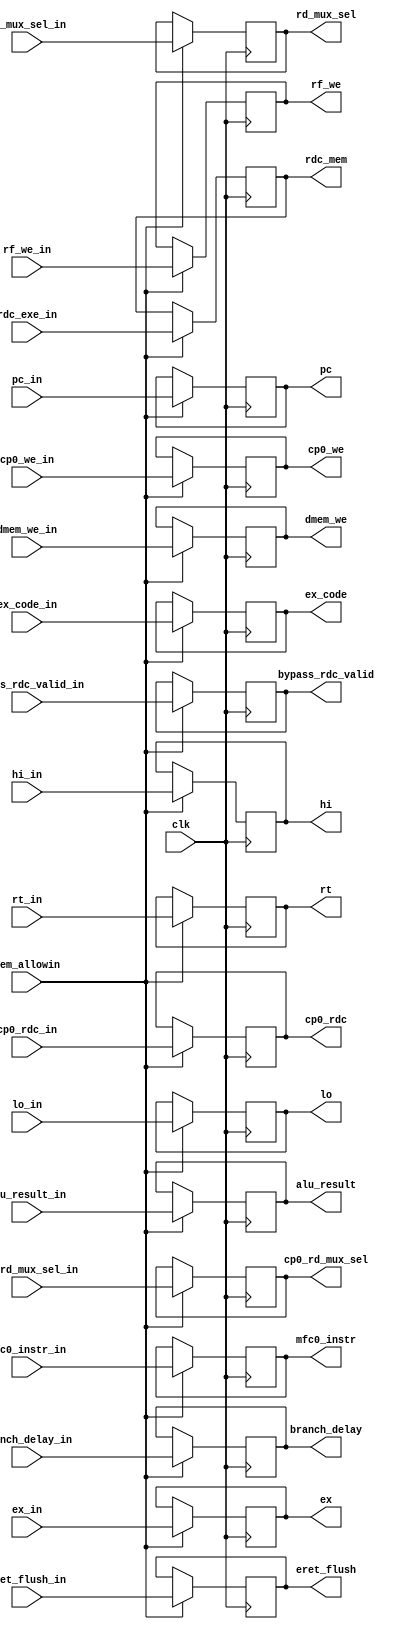
`timescale 1ns / 1ps
//////////////////////////////////////////////////////////////////////////////////
// 
// Design Name: 
// Module Name: MEM_PIPE_REG
// 
//////////////////////////////////////////////////////////////////////////////////


module mem_pipe_reg
(
    input wire clk,
    input wire mem_allowin,
    input wire bypass_rdc_valid_in,
    
    input wire dmem_we_in,
    input wire rf_we_in,
    
    input wire [31:0] pc_in,
    input wire [31:0] rt_in,
    input wire [31:0] alu_result_in,
    input wire [ 4:0] rdc_exe_in,
    
    input wire [ 1:0] rd_mux_sel_in, 
    
    input wire [31:0] lo_in,
    input wire [31:0] hi_in,
    
    input wire mfc0_instr_in,
    // exception trans
    input wire ex_in,
    input wire [ 4:0] ex_code_in,
    input wire [ 0:0] cp0_rd_mux_sel_in,
    input wire cp0_we_in,
    input wire [ 4:0] cp0_rdc_in,
    input wire eret_flush_in,
    input wire branch_delay_in,
    
    output reg dmem_we,
    output reg rf_we,
    
    output reg [31:0] pc,
    output reg [31:0] rt,
    output reg [31:0] alu_result,
    output reg [ 4:0] rdc_mem,
    
    output reg [ 1:0] rd_mux_sel,
    output reg bypass_rdc_valid,
    
    output reg [31:0] lo,
    output reg [31:0] hi,
    
    output reg mfc0_instr,
    // exception trans
    output reg ex,
    output reg [ 4:0] ex_code,
    output reg [ 0:0] cp0_rd_mux_sel,
    output reg cp0_we,
    output reg [ 4:0] cp0_rdc,
    output reg eret_flush,
    output reg branch_delay
);


always @ (posedge clk) begin
    if(mem_allowin) begin
        dmem_we     <= dmem_we_in;
        rf_we       <= rf_we_in;
        pc          <= pc_in;
        rt          <= rt_in;
        alu_result  <= alu_result_in;
        rdc_mem     <= rdc_exe_in;
        rd_mux_sel  <= rd_mux_sel_in;
        bypass_rdc_valid <= bypass_rdc_valid_in;
        hi          <= hi_in;
        lo          <= lo_in;
        
        mfc0_instr      <= mfc0_instr_in;
        ex              <= ex_in;
        ex_code         <= ex_code_in;
        cp0_rd_mux_sel  <= cp0_rd_mux_sel_in;
        cp0_we          <= cp0_we_in;
        cp0_rdc         <= cp0_rdc_in;
        eret_flush      <= eret_flush_in;
        branch_delay    <= branch_delay_in;
    end
end

endmodule